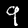
Digit: 9